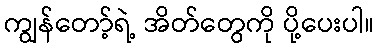
ကျွန်တော့်ရဲ့ အိတ်တွေကို ပို့ပေးပါ။